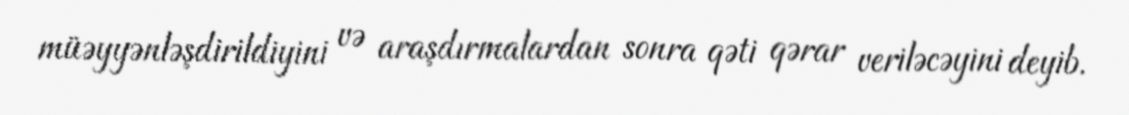
müəyyənləşdirildiyini və araşdırmalardan sonra qəti qərar veriləcəyini deyib.